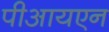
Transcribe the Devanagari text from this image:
पीआयएन